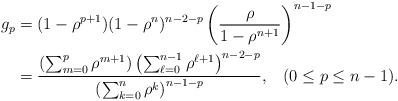
LaTeX: \begin{align*}g_p&= (1-\rho^{p+1})(1-\rho^n)^{n-2-p}\left( \frac{ \rho }{ 1-\rho^{n+1} } \right)^{n-1-p}\\&=\frac{ \left( \sum_{m=0}^p \rho^{m+1} \right) \left( \sum_{\ell=0}^{n-1} \rho^{\ell+1} \right)^{n-2-p} }{ \left( \sum_{k=0}^{n} \rho^k \right)^{n-1-p} },\;\;\;( 0 \leq p \leq n-1 ).\end{align*}